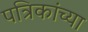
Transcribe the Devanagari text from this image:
पत्रिकांच्या